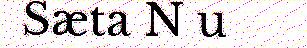
Sæta N u